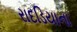
રાદડિયાના